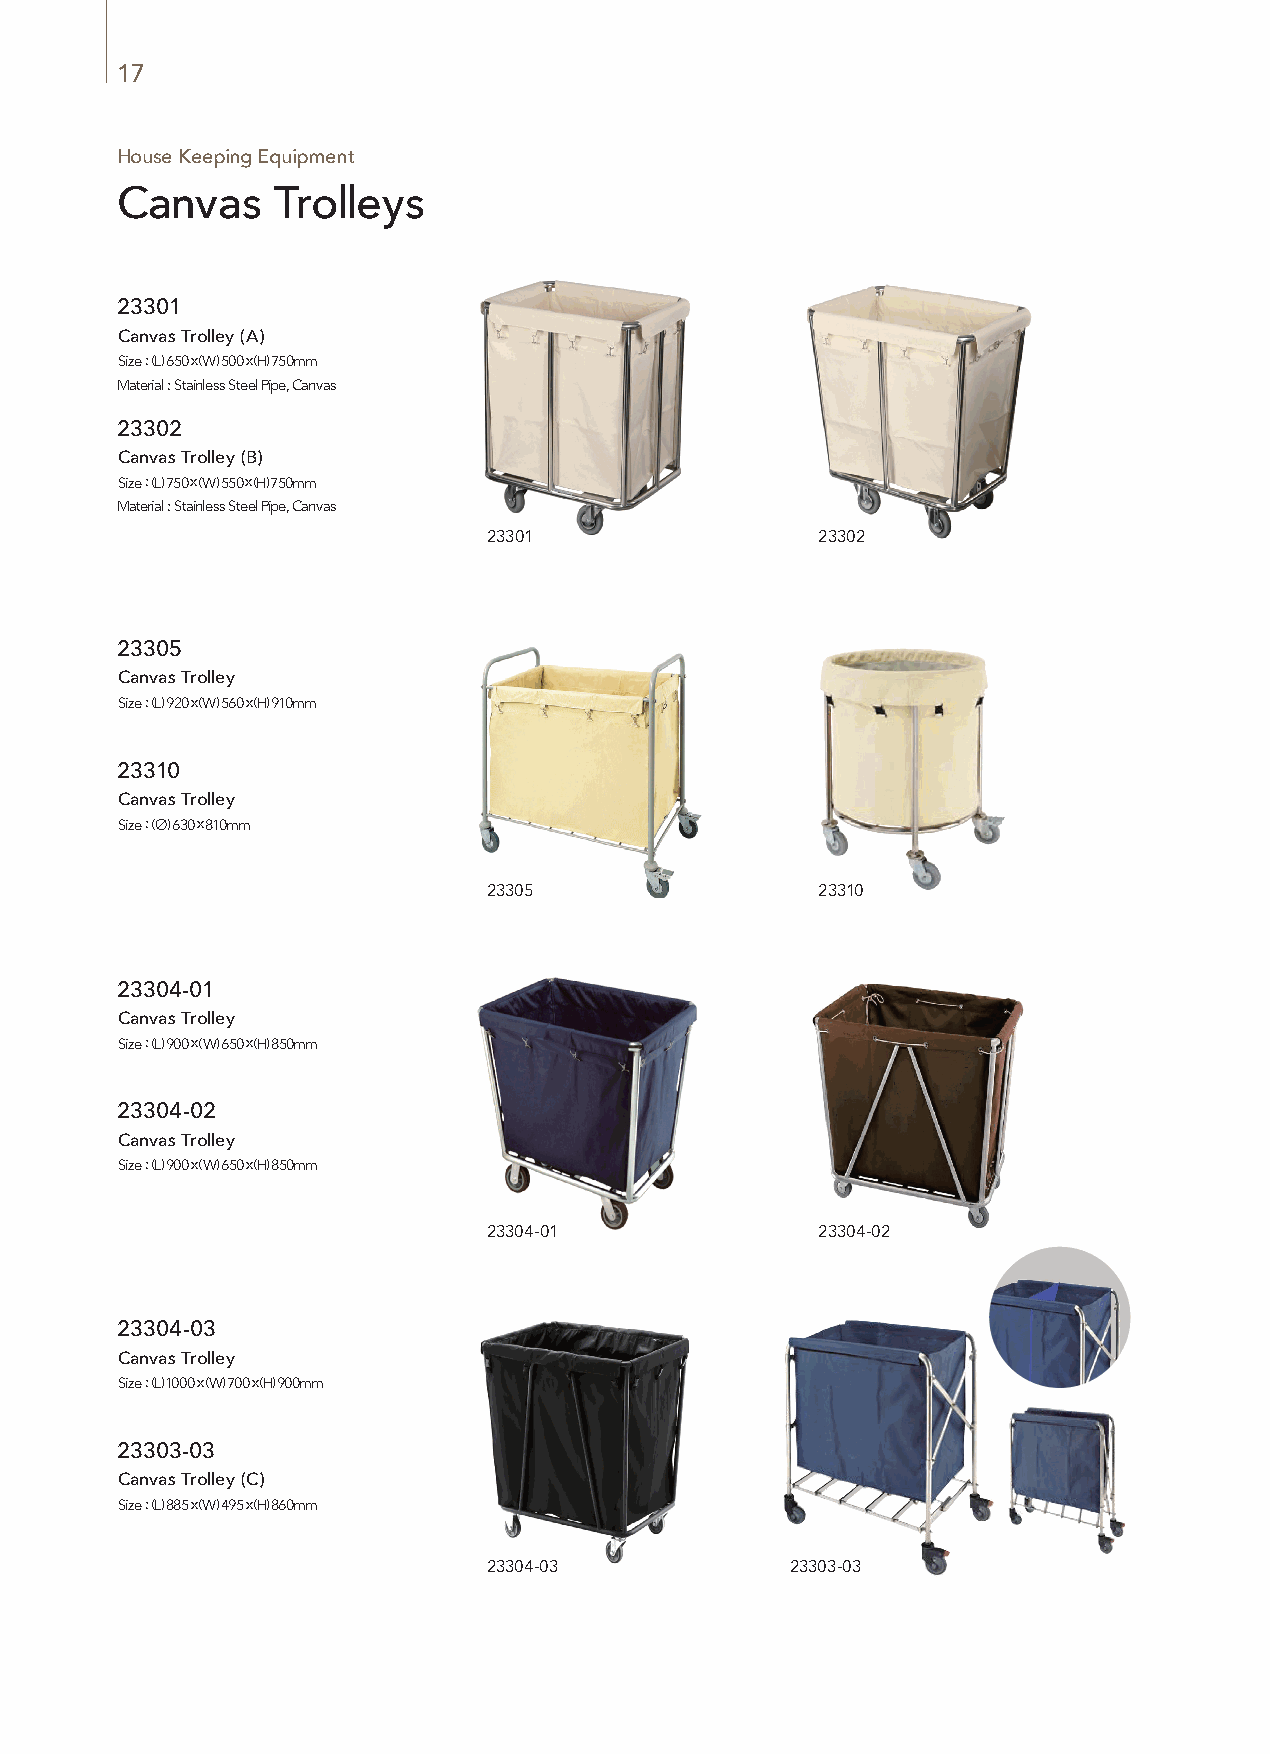
17
 House Keeping Equipment
 Canvas    Trolleys
 23301
 Canvas Trolley (A)
 Size : (L) 650 x (W) 500 x (H) 750mm
 Material : Stainless Steel Pipe, Canvas
 23302
 Canvas Trolley (B)
 Size : (L) 750 x (W) 550 x (H) 750mm
 Material : Stainless Steel Pipe, Canvas
 23301                 23302
 23305
 Canvas Trolley
 Size : (L) 920 x (W) 560 x (H) 910mm
 Material : Titanium gold, Red Carpet
 23310
 Canvas Trolley
 Size : (∅) 630 x 810mm
 23305                 23310
 23304-01
 Canvas Trolley
 Size : (L) 900 x (W) 650 x (H) 850mm
 23304-02
 Canvas Trolley
 Size : (L) 900 x (W) 650 x (H) 850mm
 23304-01              23304-02
 23304-03
 Canvas Trolley
 Size : (L) 1000 x (W) 700 x (H) 900mm
 23303-03
 Canvas Trolley (C)
 Size : (L) 885 x (W) 495 x (H) 860mm
 23304-03            23303-03